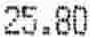
25.80